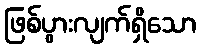
ဖြစ်ပွားလျက်ရှိသော